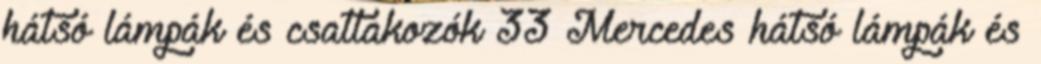
hátsó lámpák és csatlakozók 33 Mercedes hátsó lámpák és